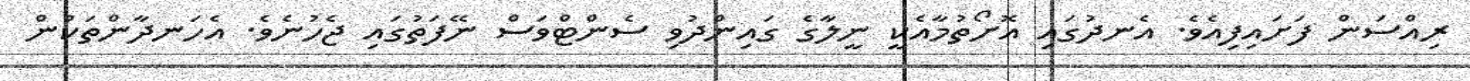
ރިއްސަން ފަށައިފިއެވެ. އެނދުގައި އޮށޯތުމާއެކީ ނީލާގެ ގައިންދުވި ސެންޓްވަސް ނޭފަތުގައި ޖެހުނެވެ. އެހަނދާންތަކުން